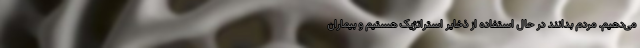
می‌دهیم. مردم بدانند در حال استفاده از ذخایر استراتژیک هستیم و بیماران